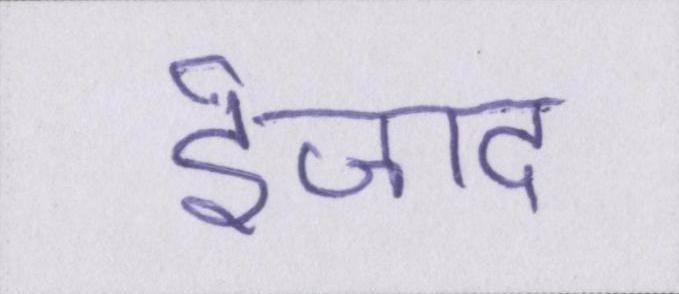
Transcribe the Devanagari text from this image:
ईजाद